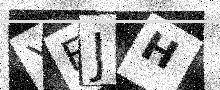
Text: YEJH